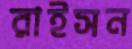
রাইসন